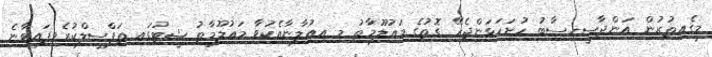
މީގެއިތުރުން އަންދާސީހިސާބު ހުށަހަޅަންޖެހޭ ގޮތުގެ މަޢުލޫމާތު މި އިޢުލާނާއެކުވާ މަޢުލޫމާތު ޝީޓުގައި ތަފްސީލްކުރެވިފައިވާނެ